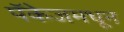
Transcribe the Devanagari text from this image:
पॅकेजमधून